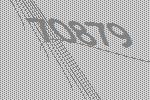
70879